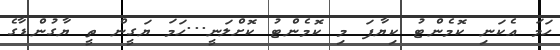
ހަމަ އެކަނި ކޮމެންޓު ކިޔާފަ މި ކޮމެންޓު ކޮށްލަނީ...ހަމަ ޔަގީން ތީ ޔާގުންޑާގެ